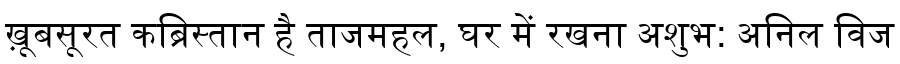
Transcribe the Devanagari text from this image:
ख़ूबसूरत कब्रिस्तान है ताजमहल, घर में रखना अशुभ: अनिल विज